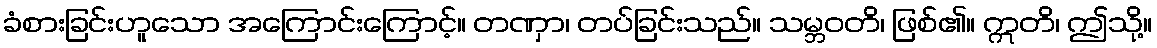
ခံစားခြင်းဟူသော အကြောင်းကြောင့်။ တဏှာ၊ တပ်ခြင်းသည်။ သမ္ဘဝတိ၊ ဖြစ်၏။ ဣတိ၊ ဤသို့။